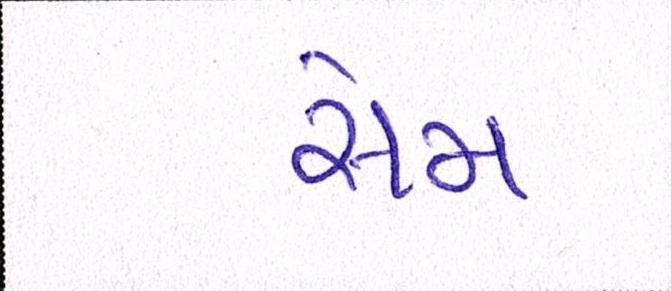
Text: સેમ